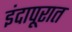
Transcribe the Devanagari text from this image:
इंदापूरात